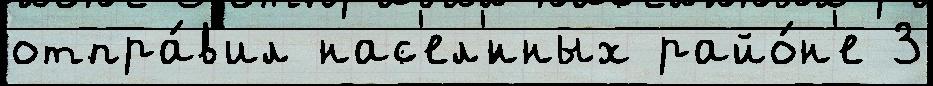
отпра́в'ил нас'ел'́нных райо́н'е 3